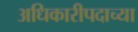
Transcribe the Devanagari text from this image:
अधिकारीपदाच्या